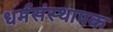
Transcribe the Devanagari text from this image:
धर्मसंस्थापक